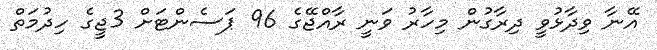
އޭނާ ވިދާޅުވީ ދިރާގުން މިހާރު ވަނީ ރާއްޖޭގެ 96 ޕަސެންޓަށް 3ޖީގެ ހިދުމަތް